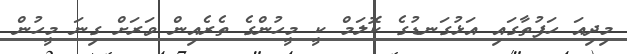
މިދިއަ ހަފުތާގައި އަޅުގަނޑުގެ ކޮލަމް ކީ މީހުންގެ ތެރެއިން ވަރަށް ގިނަ މީހުން